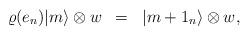
LaTeX: \begin{align*}\varrho(e_{n}) \vert m \rangle \otimes w \;\;=\;\; \vert m +1_{n}\rangle \otimes w,\end{align*}